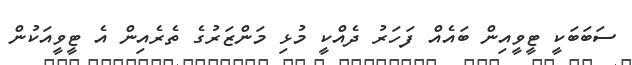
ސަބަބަކީ ޓީވީއިން ބައެއް ފަހަރު ދެއްކީ މުޅި މަންޒަރުގެ ތެރެއިން އެ ޓީވީއަކުން